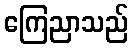
ကြေညာသည်